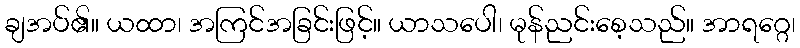
ချအပ်၏။ ယထာ၊ အကြင်အခြင်းဖြင့်။ ယာသပေါ၊ မုန်ညင်းစေ့သည်။ အာရဂ္ဂေ၊